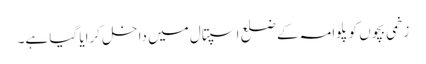
زخمی بچوں کو پلوامہ کے ضلع اسپتال میں داخل کرایا گیا ہے۔